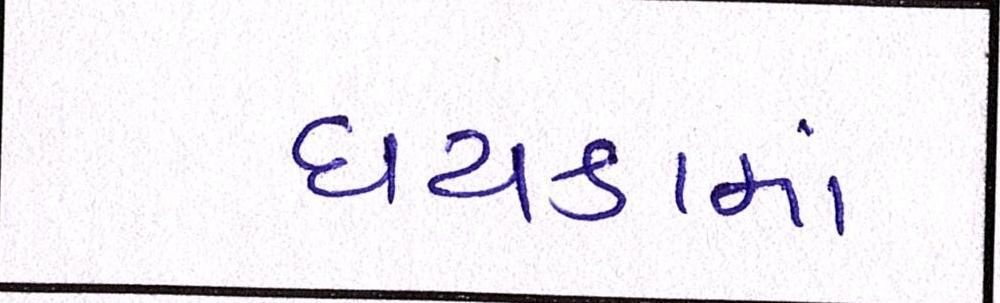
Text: દાયકામાં